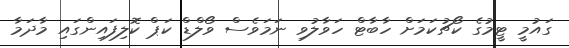
ގައުމީ ޓީމުގެ ކޯޗުކަމަށް ހާބާޓް ހަވާލުވި ނަމަވެސް ވޯލްޑް ކަޕް ކޮލިފައިންގައި މާދަމާ